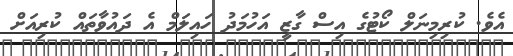
އެވެ. ކުރިމިނަލް ކޯޓުގެ އިސް ގާޒީ އަހުމަދު ހައިލަމް އެ ދައުވާތައް ކުރިއަށް